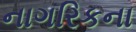
નાગરિકના